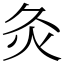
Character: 灸